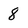
Character: 8